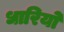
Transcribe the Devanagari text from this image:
धारियो